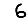
Digit: 6